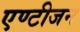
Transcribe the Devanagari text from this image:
एण्टीजन